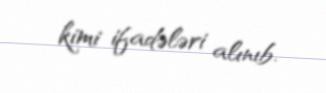
kimi ifadələri alınıb.